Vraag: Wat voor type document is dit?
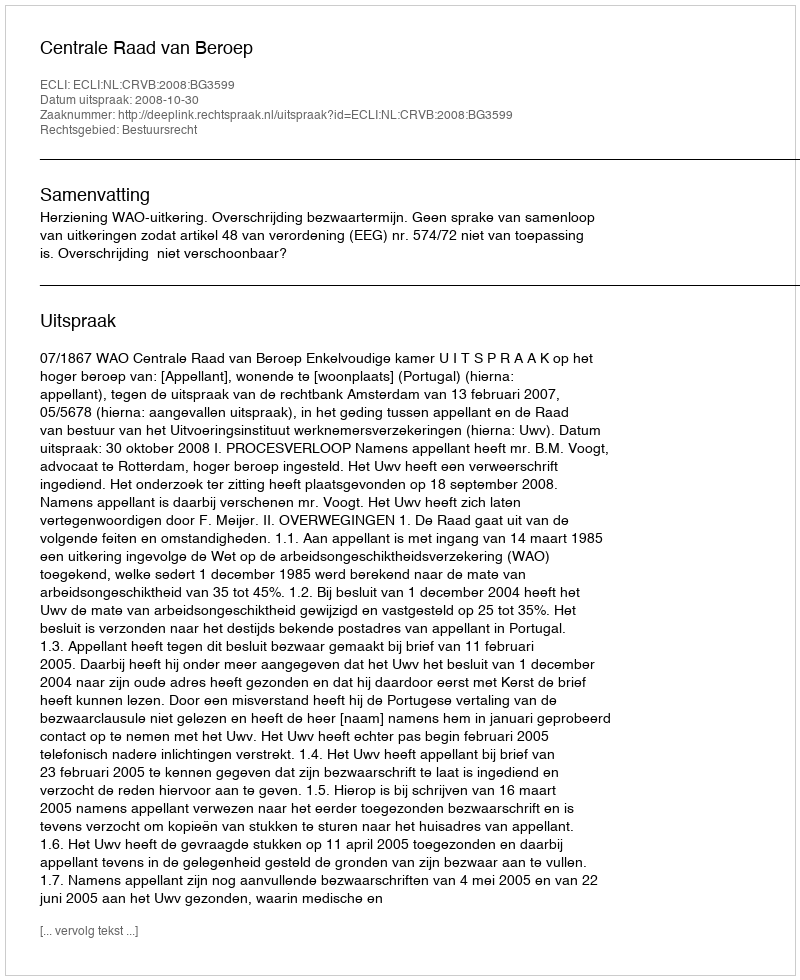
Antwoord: Uitspraak